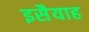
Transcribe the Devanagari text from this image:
इसैयाह